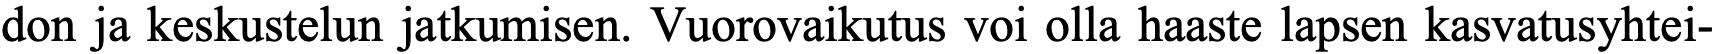
don ja keskustelun jatkumisen. Vuorovaikutus voi olla haaste lapsen kasvatusyhtei-